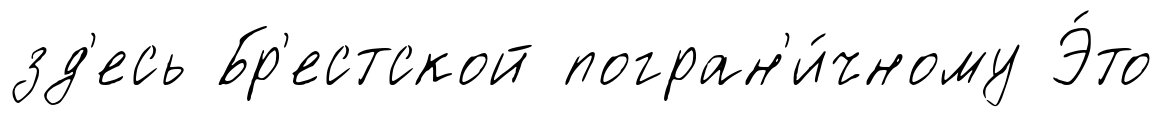
зд'есь Бр'естской погран'и́чному Э́то